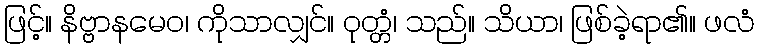
ဖြင့်။ နိဗ္ဗာနမေဝ၊ ကိုသာလျှင်။ ဝုတ္တံ၊ သည်။ သိယာ၊ ဖြစ်ခဲ့ရာ၏။ ဖလံ